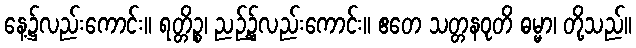
နေ့၌လည်းကောင်း။ ရတ္တိဉ္စ၊ ညဉ့်၌လည်းကောင်း။ ဧတေ သတ္တနဝုတိ ဓမ္မာ၊ တို့သည်။